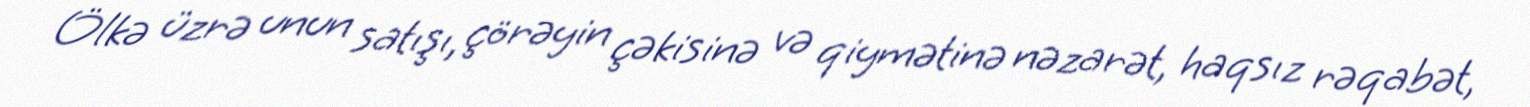
Ölkə üzrə unun satışı, çörəyin çəkisinə və qiymətinə nəzarət, haqsız rəqabət,